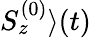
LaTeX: {S_{z}^{(0)}\rangle(t)}